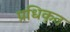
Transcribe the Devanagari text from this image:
प्रधिकृत